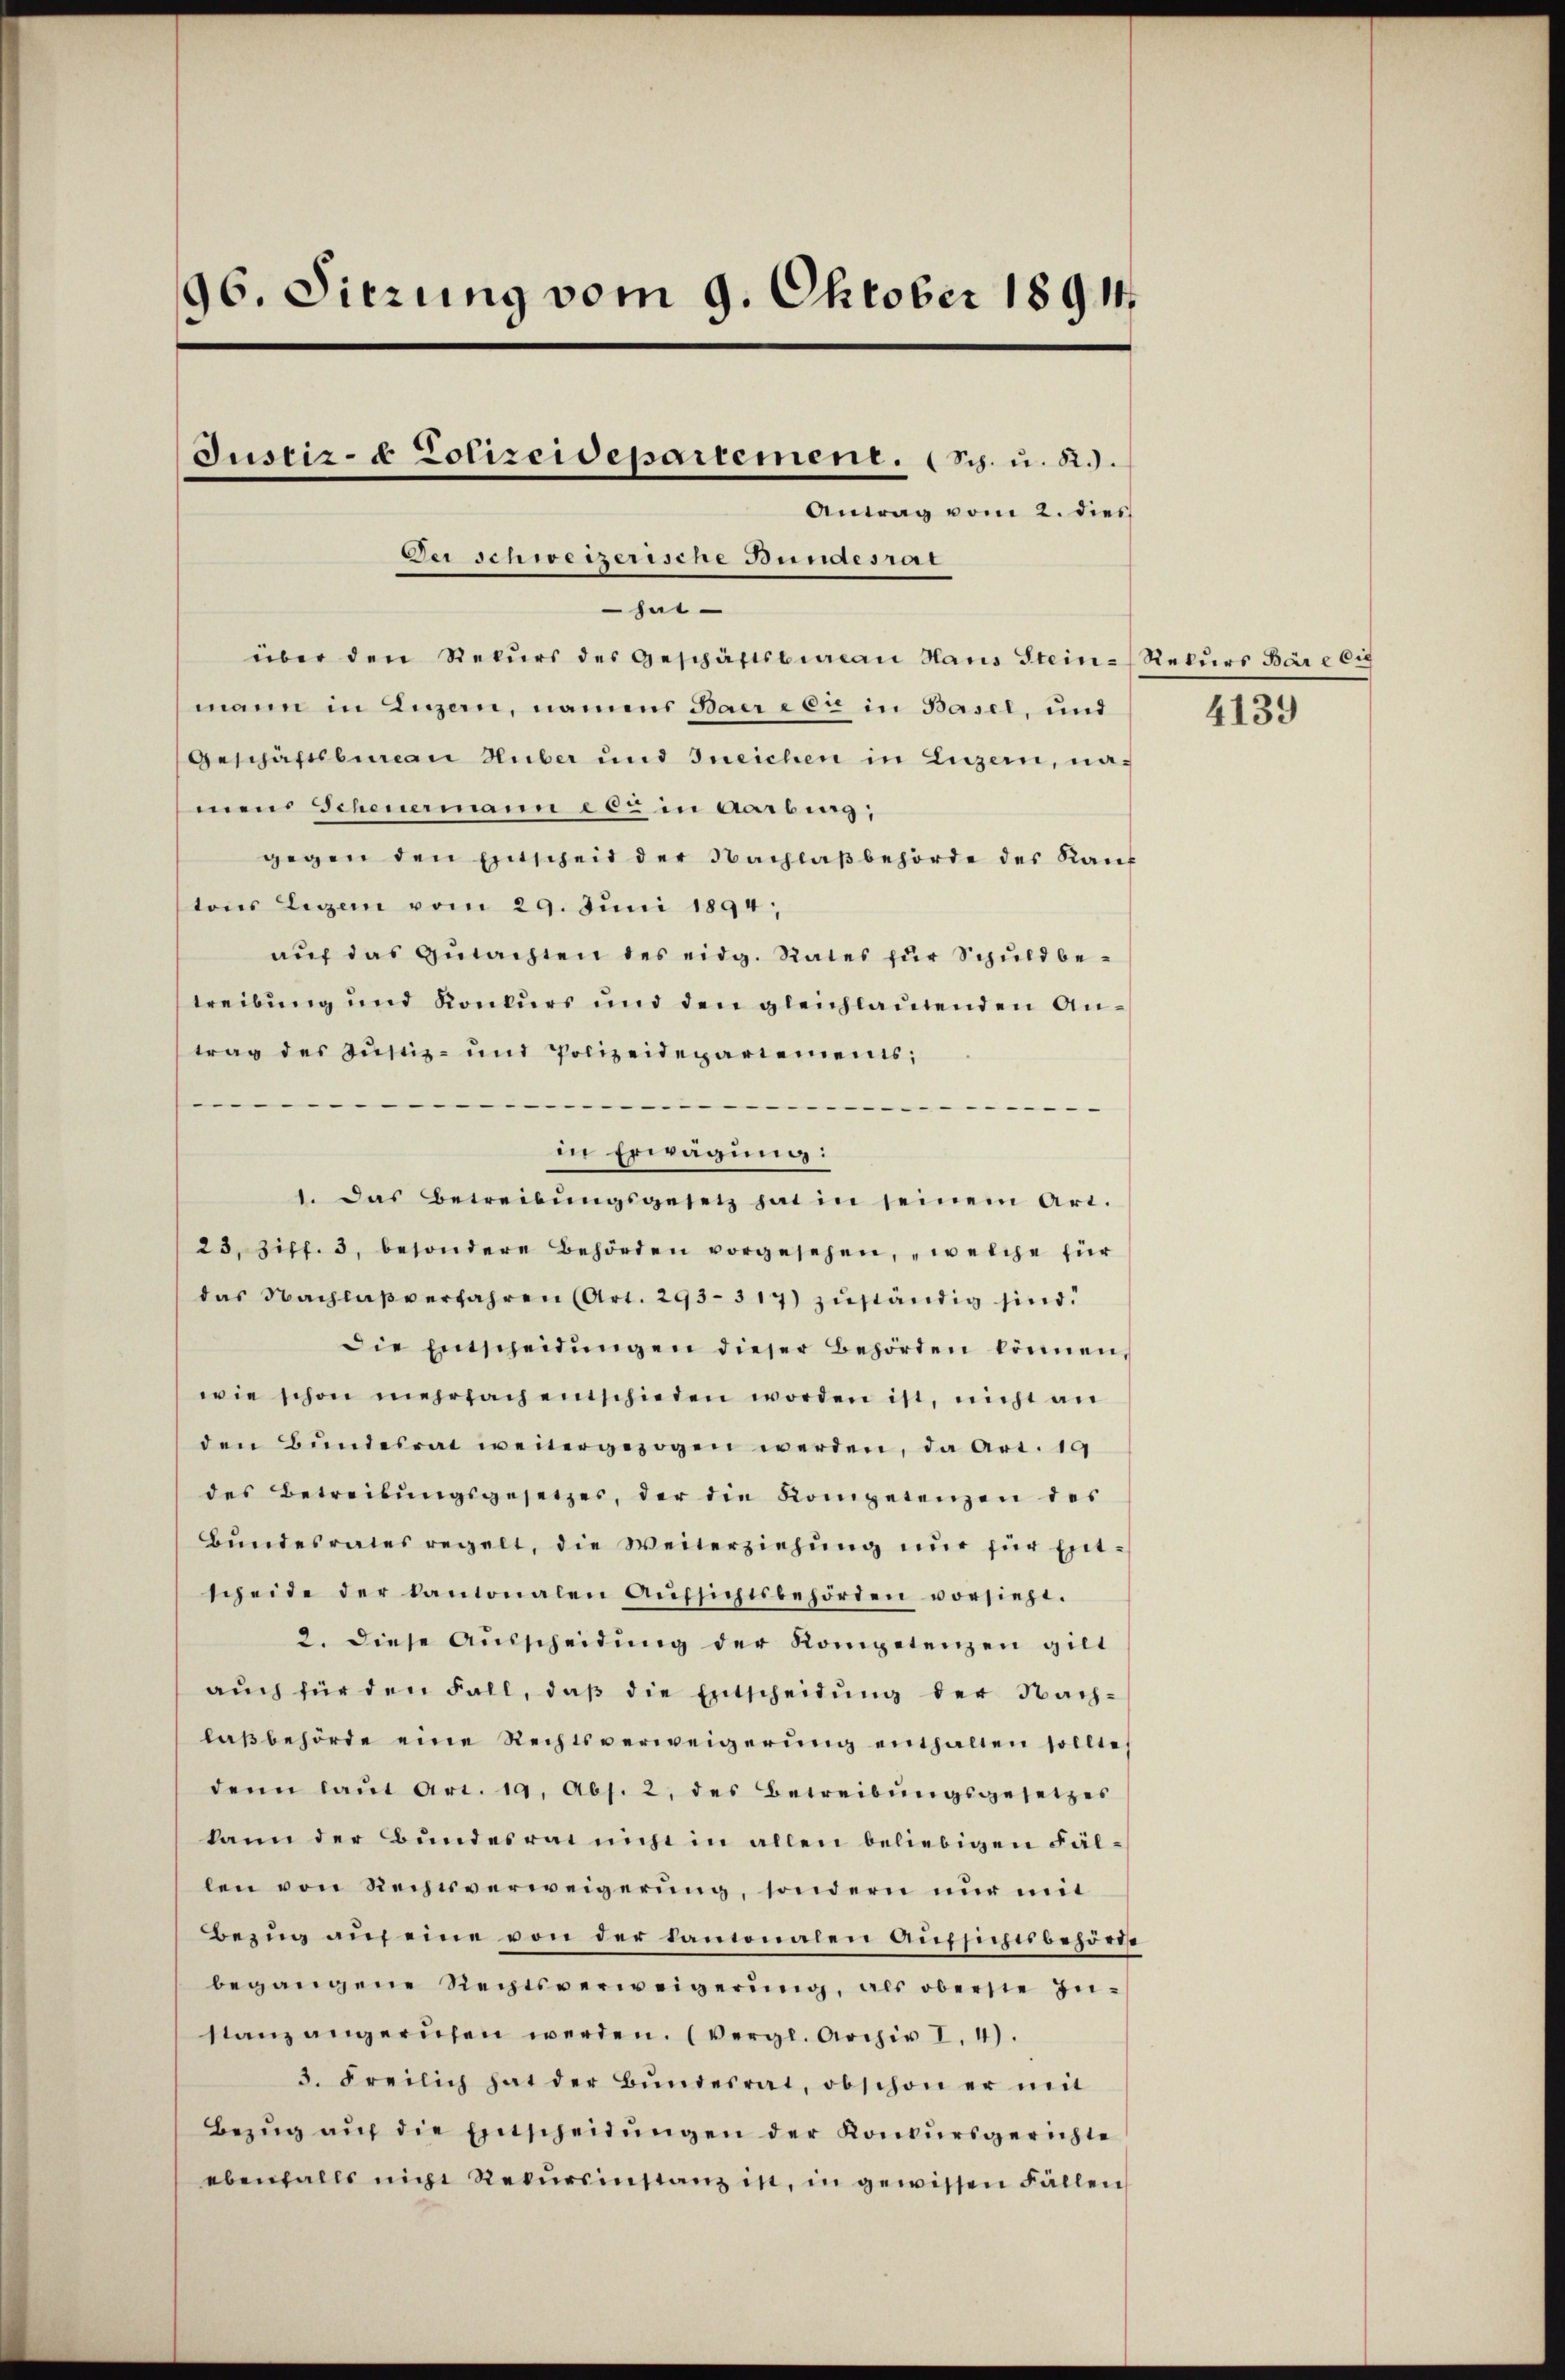
96. Sitzung vom 9. Oktober 1891.

hut
über den Rekŭrs des Geschäftsbiacan Haus Steinmann in Luzern, namens Baere er in Basel, und
Geschäftsbureau Huber und Ineichen in Luzern, namen Scheuermann est in Aarburg;
gegen den Entscheit der Nachlaßbehörde des Kauf
tons Legen vom 29. Juni 1894;
auf das Gutachten des eidg. Rates zur Schuld betreibung und Konkurs und den gleichlautenden Antrag des Justiz- und Polizeidepartements,
e
.
in Erwägung:
1. Das Betreibŭngsgesetz hat in seinem Art.
23, Ziff. 3, besondere Behörden vorgesehen, „welche für
das Nachlaβ verfahren (Art. 293. 317) zuständig sind.
Die Entscheidŭngen dieser Behörden können,
wie schon mehrfach entschieden worden ist, nicht an
den Bŭndesrat weitergezogen werden, da Art. 19
des Betreibŭngsgesetzes, der die Kompetenzen des
Bŭndesrates regelt, die Weiterziehŭng nŭr für Ent-
scheide der kantonalen Aŭfsichtsbehörden vorsieht.
2. diese Aŭsscheidŭng der Kompetenzen gilt
aŭch für den Fall, daβ die Entscheidŭng der Nach-
laβbehörde eine Rechtsverweigerŭng enthalten sollte,
denn laŭt Art. 19, Abs. 2, des Betreibŭngsgesetzes
kann der Bundesrat nicht in allen beliebigen Fällen von Rechtsverweigerŭng, sondern nŭr mit
Bezug auf eine von der kantonalen Aufsichtbehörde
begangene Rechtsverweigerŭng, als oberste In-
stanz angerufen werden. (Vergl. Archiv I. 4).
3. Freilich hat der Bŭndesrat, obschon er mit
Bezŭg aŭf die Entscheidŭngen der Konkursgerichte
ebenfalls nicht Rekursinstanz in, in gewissen Fällen

Justiz- & Polizeidepartemene. (Sch. u. R.).
Antrag vom 2. dies
Der schweizerische Bundesrat

Rekurs Bäre Eig

4139